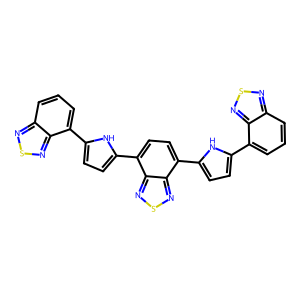
SMILES: c1cc(-c2ccc(-c3ccc(-c4ccc(-c5cccc6nsnc56)[nH]4)c4nsnc34)[nH]2)c2nsnc2c1
Inhibits HIV replication: No